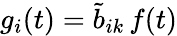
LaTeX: {g}_{i}(t)=\tilde{b}_{ik}\, f(t)